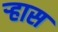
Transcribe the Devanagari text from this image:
ऱ्हास